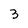
Character: 3